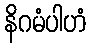
နိဂမံပါဟံ